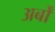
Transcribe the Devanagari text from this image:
अर्बों